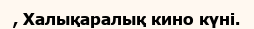
, Халықаралық кино күні.